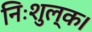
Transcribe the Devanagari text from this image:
निःशुल्क।